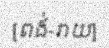
[ពង់-រាយ]